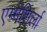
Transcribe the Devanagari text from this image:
एम्मेशिर्ला